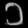
Digit: ၁